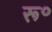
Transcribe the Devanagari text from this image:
रू॰